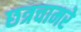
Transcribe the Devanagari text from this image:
छत्रचामरे